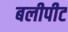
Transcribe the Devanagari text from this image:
बलीपीट